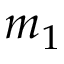
m _ { 1 }